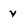
Character: v